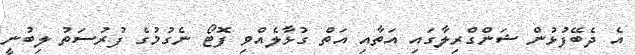
އެ ދެބޭފުޅުން ޝަންގްރިލާގައި އަތާއި އަތް ގުޅާލެއްވި ފޮޓޯ ނެގުމުގެ ފުރުސަތު ލިބުނީ